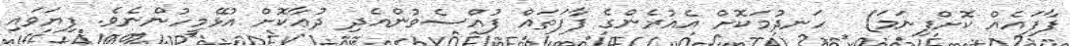
ފާފައެއް ކޮށްފިނަމަ)  ހަނދުމަކޮށް އެއުރެންގެ ފާފަތައް ފުއްސެވުންއެދި ދުޢާކޮށް އުޅޭމީހުންނެވެ. ފިޔަވައި